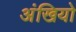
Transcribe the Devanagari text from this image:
अंखियो